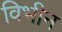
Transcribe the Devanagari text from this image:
विभीन